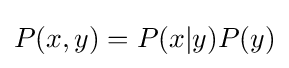
P(x,y)=P(x|y)P(y)